Vaccination United Provinces of Agra and Oudh 1923-1928 - 1923-1928
Year: 1923
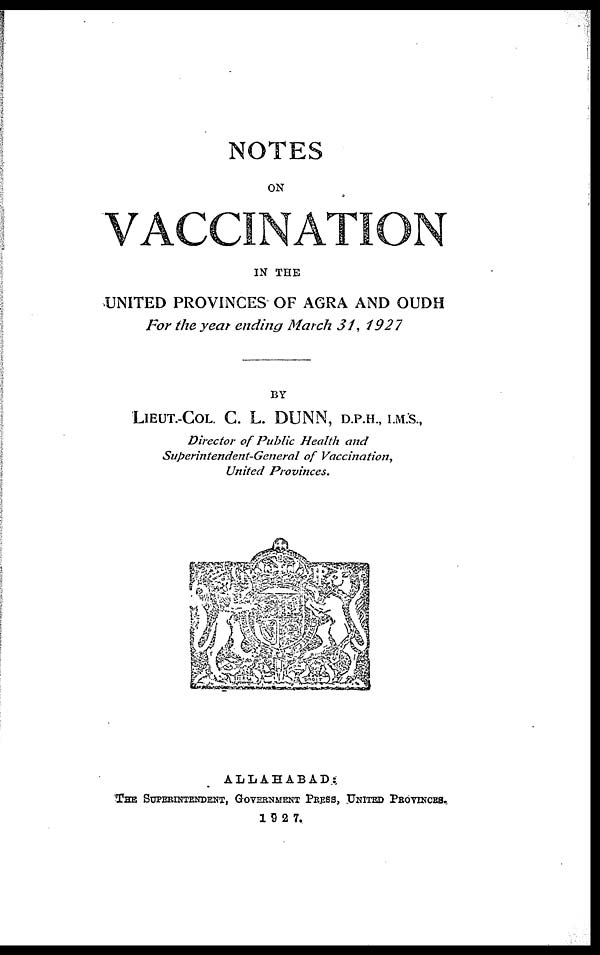
NOTES
ON
VACCINATION
IN THE
UNITED PROVINCES OF AGRA AND OUDH
For the year ending March 31, 1927
BY
LIEUT.-COL. C. L. DUNN, D.P.H., I.M.S.,
Director of Public Health and
Superintendent-General
of Vaccination,
United
Provinces.
ALLAHABAD:
THE SUPERINTENDENT, GOVERNMENT PRESS, UNITED PROVINCES.
1927.